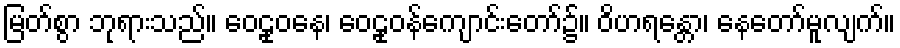
မြတ်စွာ ဘုရားသည်။ ဝေဠုဝနေ၊ ဝေဠုဝန်ကျောင်းတော်၌။ ဝိဟရန္တော၊ နေတော်မူလျက်။